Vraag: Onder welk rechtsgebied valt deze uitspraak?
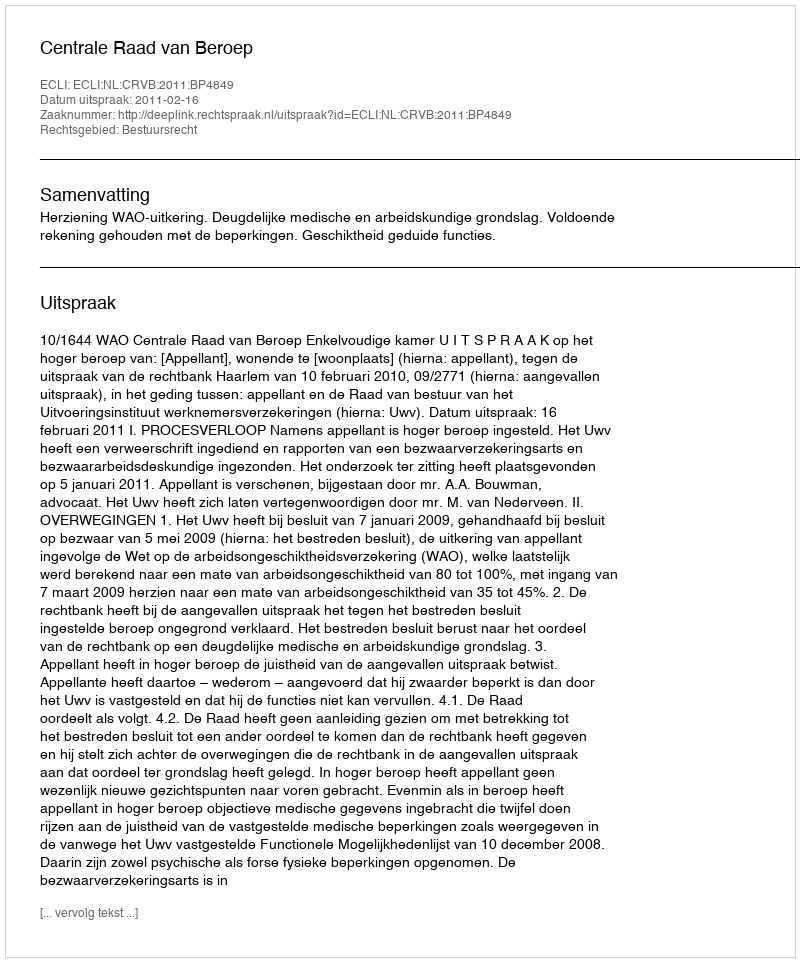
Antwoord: Bestuursrecht